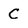
Character: C